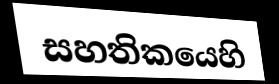
සහතිකයෙහි